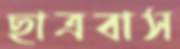
ছাত্রবাস